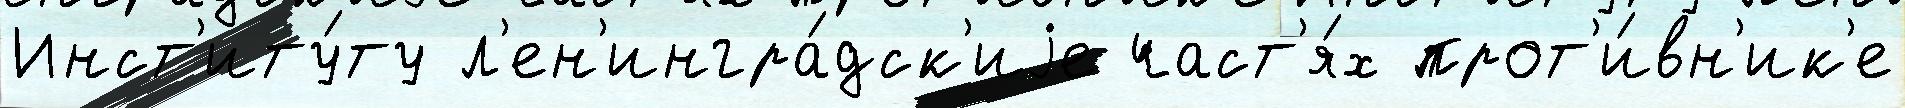
Инст'иту́ту л'ен'ингра́дск'иjе част'я́х прот'и́вн'ик'е